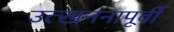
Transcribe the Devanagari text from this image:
उत्खननापूर्वी